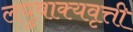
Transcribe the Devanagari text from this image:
लघुवाक्यवृत्ती